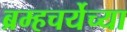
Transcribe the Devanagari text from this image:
ब्रम्हचर्येच्या